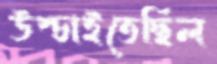
উপ্‌চাইতেছিল